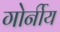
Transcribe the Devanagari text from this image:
गोर्नीय